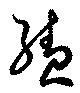
續